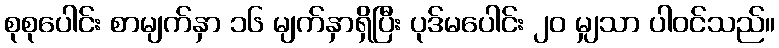
စုစုပေါင်း စာမျက်နှာ ၁၆ မျက်နှာရှိပြီး ပုဒ်မပေါင်း ၂၀ မျှသာ ပါဝင်သည်။